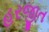
હરજીત